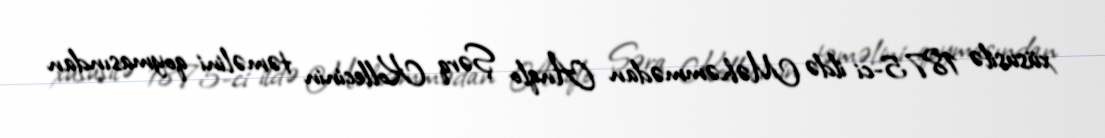
xüsusilə 1875-ci ildə Məhəmmədan Anqlo Şərq Kollecinin təməlini qoymasından